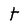
Character: t